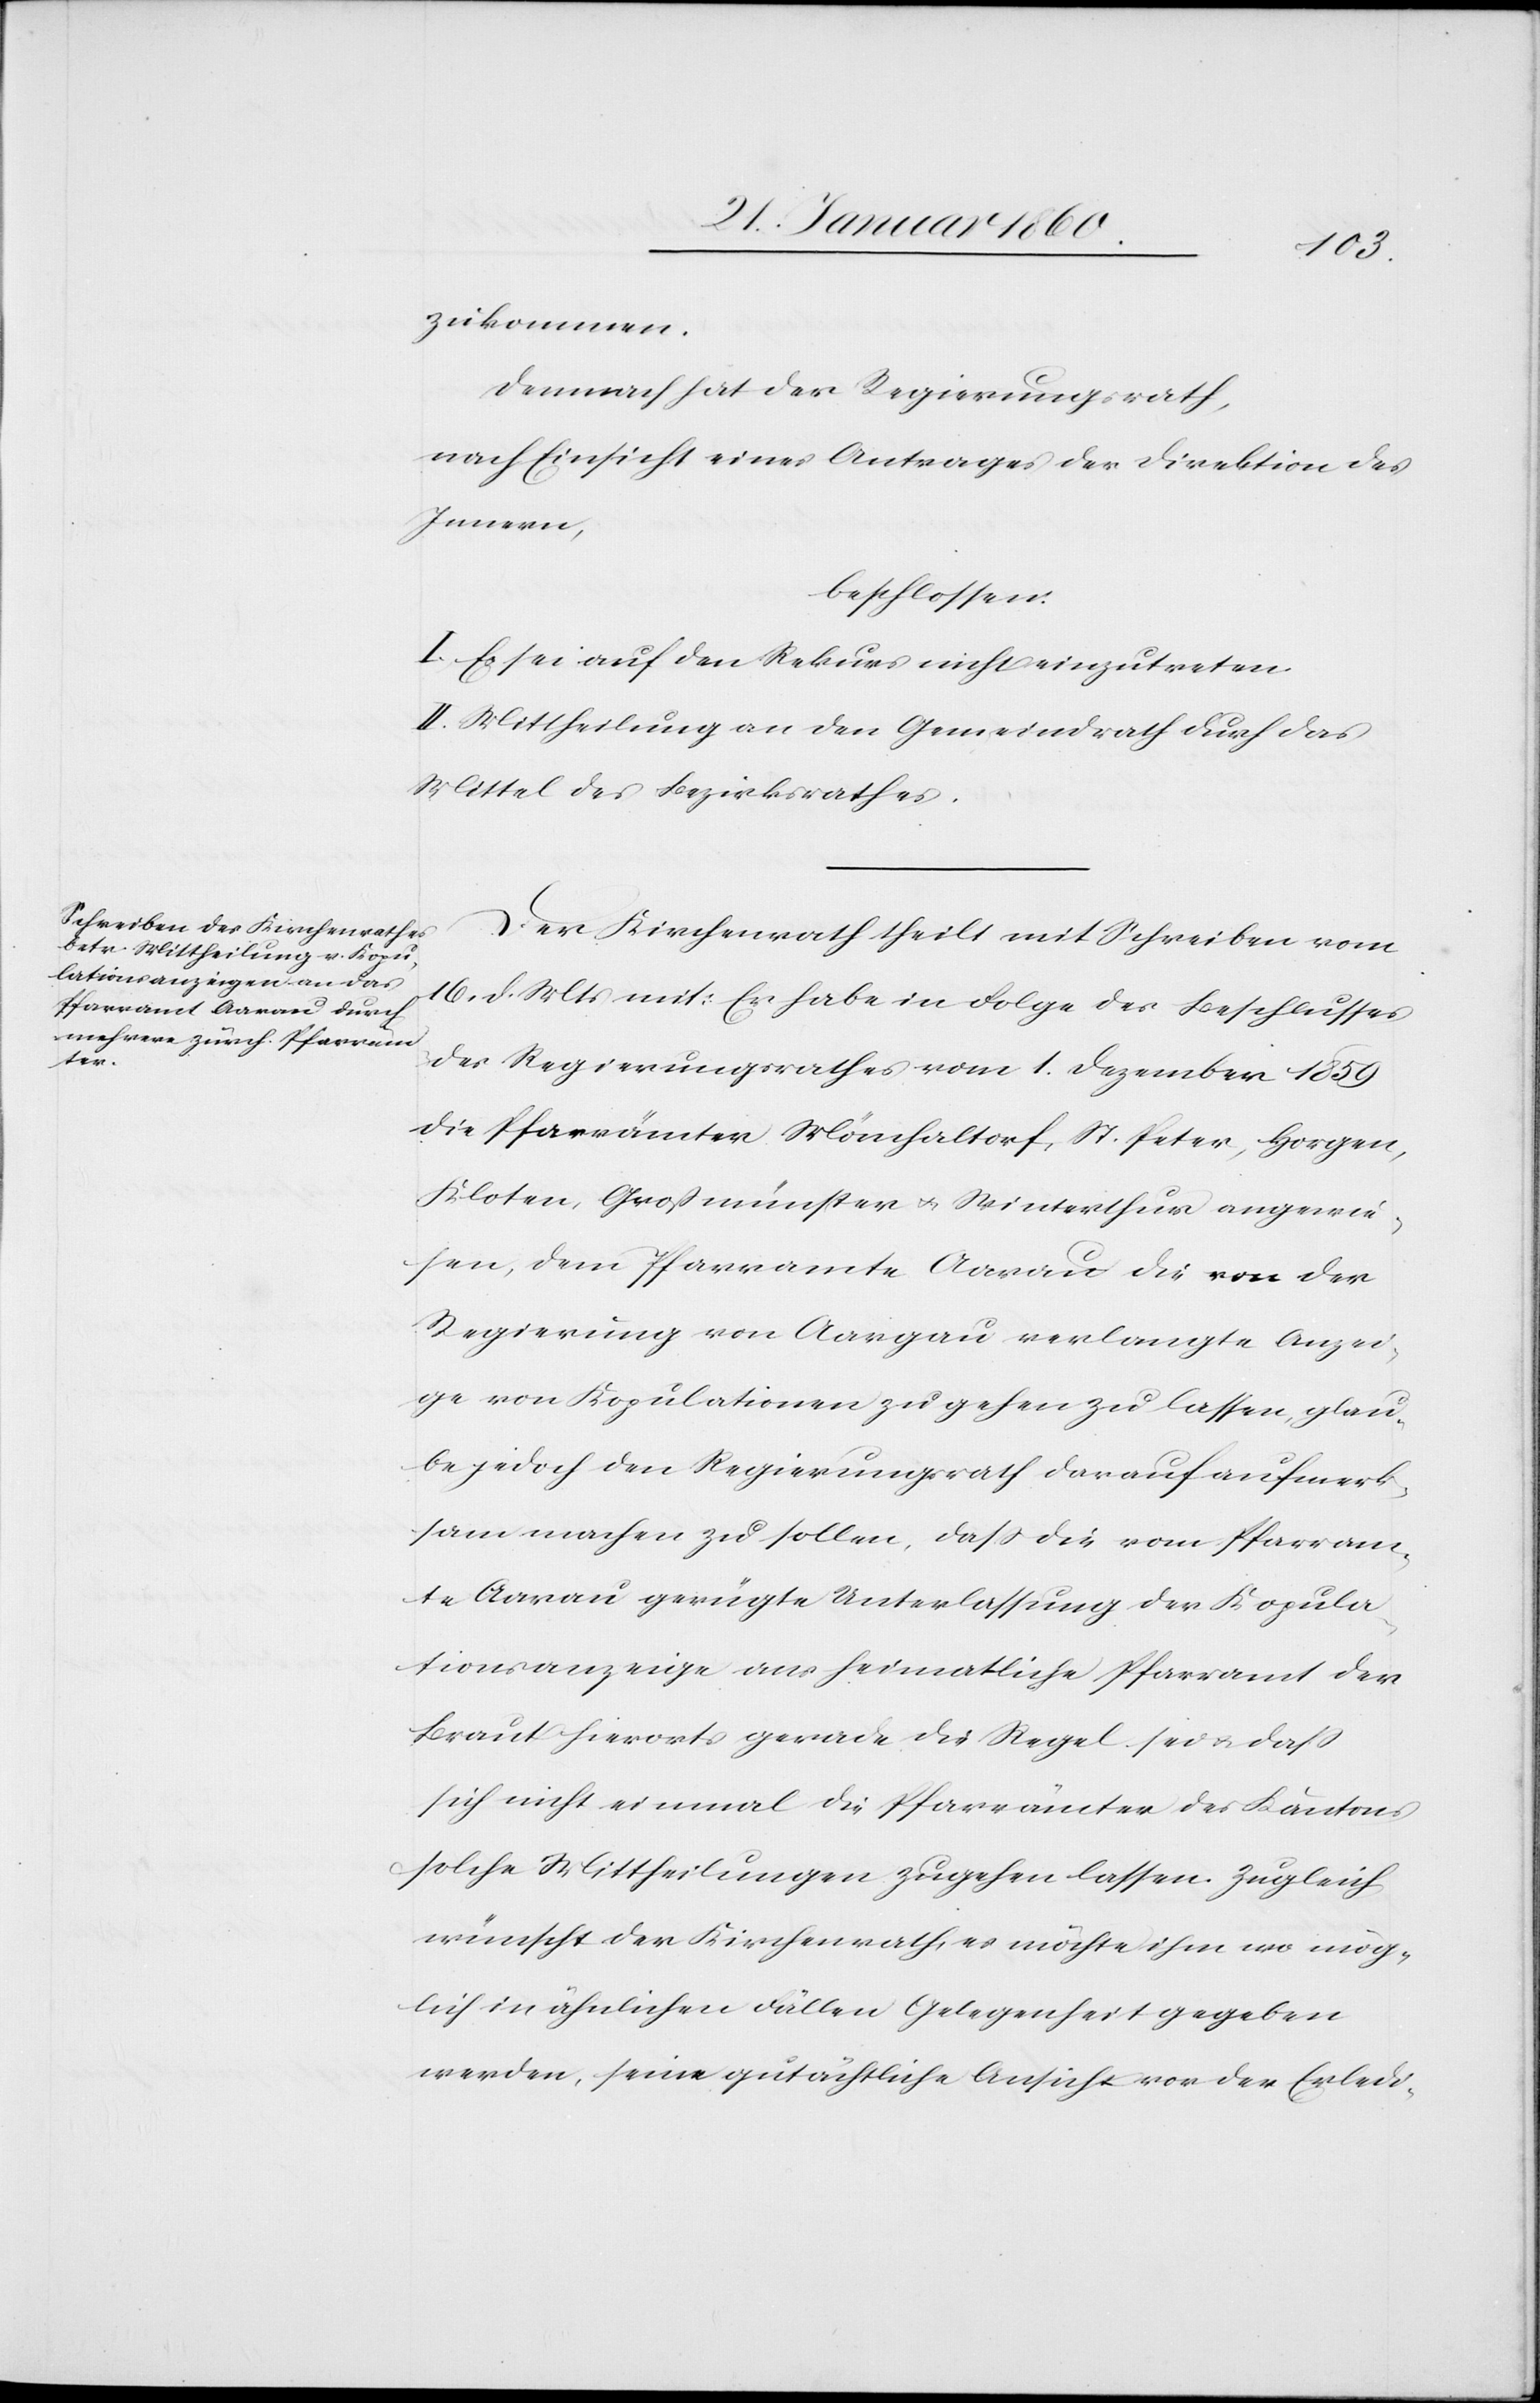
zukommen.
Demnach hat der Regierungsrath,
nach Einsicht eines Antrages der Direktion des
innern,
beschlossen:
I. Es sei auf den Rekurs nicht einzutreten.
II. Mittheilung an den Gemeindrath durch das
Mittel des Bezirksrathes.
Der Kirchenrath theilt mit Schreiben vom
10. d. Mts. mit: Er habe in Folge des Beschlusses
des Regierungsrathes vom 1. Dezember 1859
die Pfarramter Mönchaltorf, St. Peter, Horgen,
Kloten, Grossmünster u. Winterthur angewie¬
sen, dem Pfarramte Aarau die von der
Regierung von Aargau verlangte Anzei¬
ge von Kopulationen zu gehen zu lassen, glau¬
be jedoch den Regierungsrath darauf aufmerk¬
sam machen zu sollen, dass die vom Pfarram¬
te Aarau gerügte Unterlassung der Kopula¬
tionsanzeige ans heimatliche Pfarramt der
Braut hierorts gerade die Regel sei u. dass
sich nicht einmal die Pfarrämter des Kantons
solche Mittheilungen zugehen lassen. Zugleich
wünsche der Kirchenrath, es möchte ihm wo mög¬
lich in ähnlichen Fällen Gelegenheit gegeben
werden, seine gutächtliche Ansicht vor der Erledi-